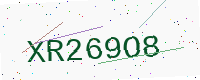
Text: XR269O8